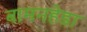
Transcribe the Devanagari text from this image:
बामनहेडा